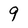
Character: 9